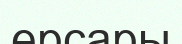
ерсары